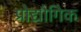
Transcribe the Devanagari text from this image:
प्रोद्यौगिक